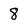
Character: 8